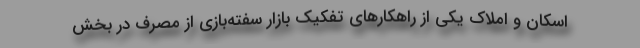
اسکان و املاک یکی از راهکارهای تفکیک بازار سفته‌بازی از مصرف در بخش